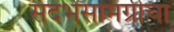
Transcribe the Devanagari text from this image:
संदर्भसामग्रीचा